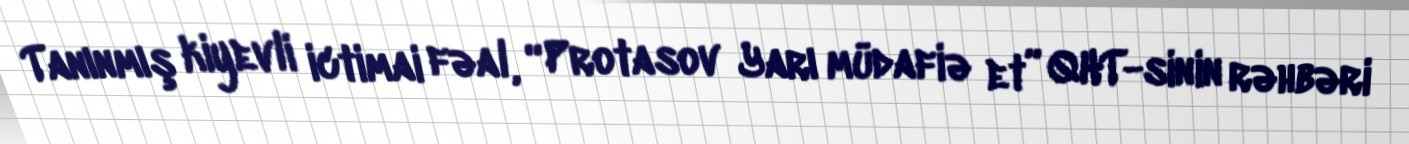
Tanınmış kiyevli ictimai fəal, “Protasov Yarı müdafiə et” QHT-sinin rəhbəri